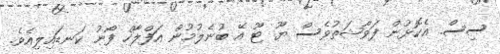
ސިސް. އެކޮޅުން ފަވާޝަތުވެސް ޔޫ ޓޫ އޭ ބުނެލުމުން އަފްލާހް ފޯނު ކަނޑައިލިއެވެ.